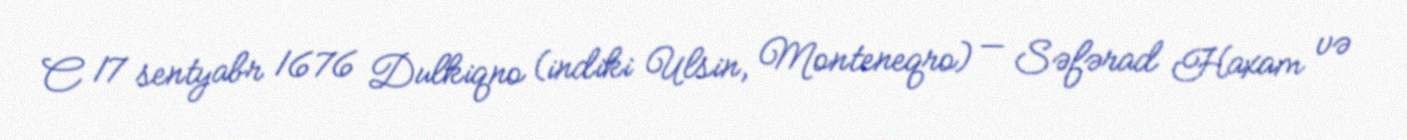
C 17 sentyabr 1676 Dulkiqno (indiki Ulsin, Monteneqro) — Səfərad Haxam və